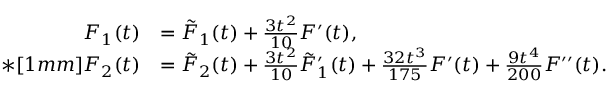
\begin{array} { r l } { F _ { 1 } ( t ) } & { = \tilde { F } _ { 1 } ( t ) + \frac { 3 t ^ { 2 } } { 1 0 } F ^ { \prime } ( t ) , } \\ { * [ 1 m m ] F _ { 2 } ( t ) } & { = \tilde { F } _ { 2 } ( t ) + \frac { 3 t ^ { 2 } } { 1 0 } \tilde { F } _ { 1 } ^ { \prime } ( t ) + \frac { 3 2 t ^ { 3 } } { 1 7 5 } F ^ { \prime } ( t ) + \frac { 9 t ^ { 4 } } { 2 0 0 } F ^ { \prime \prime } ( t ) . } \end{array}